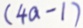
( 4 a - 1 )